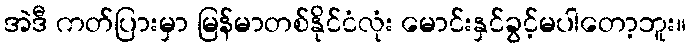
အဲဒီ ကတ်ပြားမှာ မြန်မာတစ်နိုင်ငံလုံး မောင်းနှင်ခွင့်မပါတော့ဘူး။